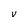
Character: V